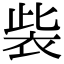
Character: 𧙁